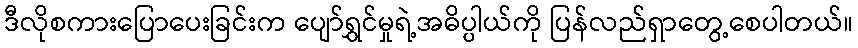
ဒီလိုစကားပြောပေးခြင်းက ပျော်ရွှင်မှုရဲ့အဓိပ္ပါယ်ကို ပြန်လည်ရှာတွေ့စေပါတယ်။